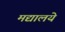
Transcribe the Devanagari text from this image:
मद्यालये